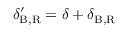
\delta _ { \mathrm { B , R } } ^ { \prime } = \delta + \delta _ { \mathrm { B , R } }